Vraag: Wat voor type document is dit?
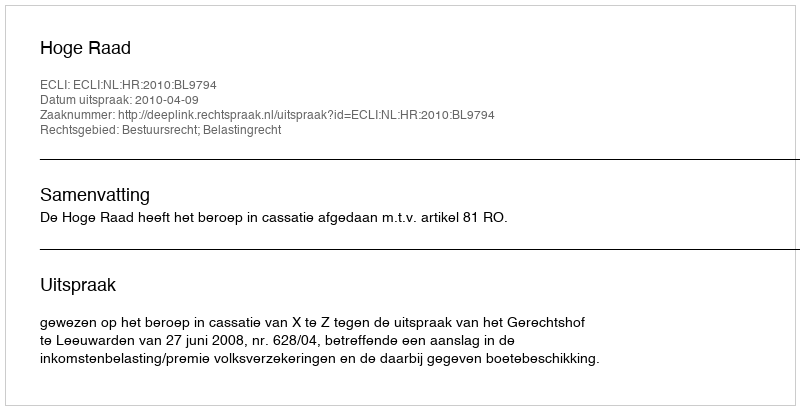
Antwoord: Uitspraak